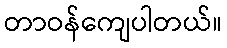
တာဝန်ကျေပါတယ်။